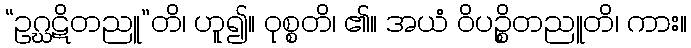
“ဥဂ္ဃဋိတညူ”တိ၊ ဟူ၍။ ဝုစ္စတိ၊ ၏။ အယံ ဝိပဉ္စိတညူတိ၊ ကား။